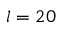
l = 2 0